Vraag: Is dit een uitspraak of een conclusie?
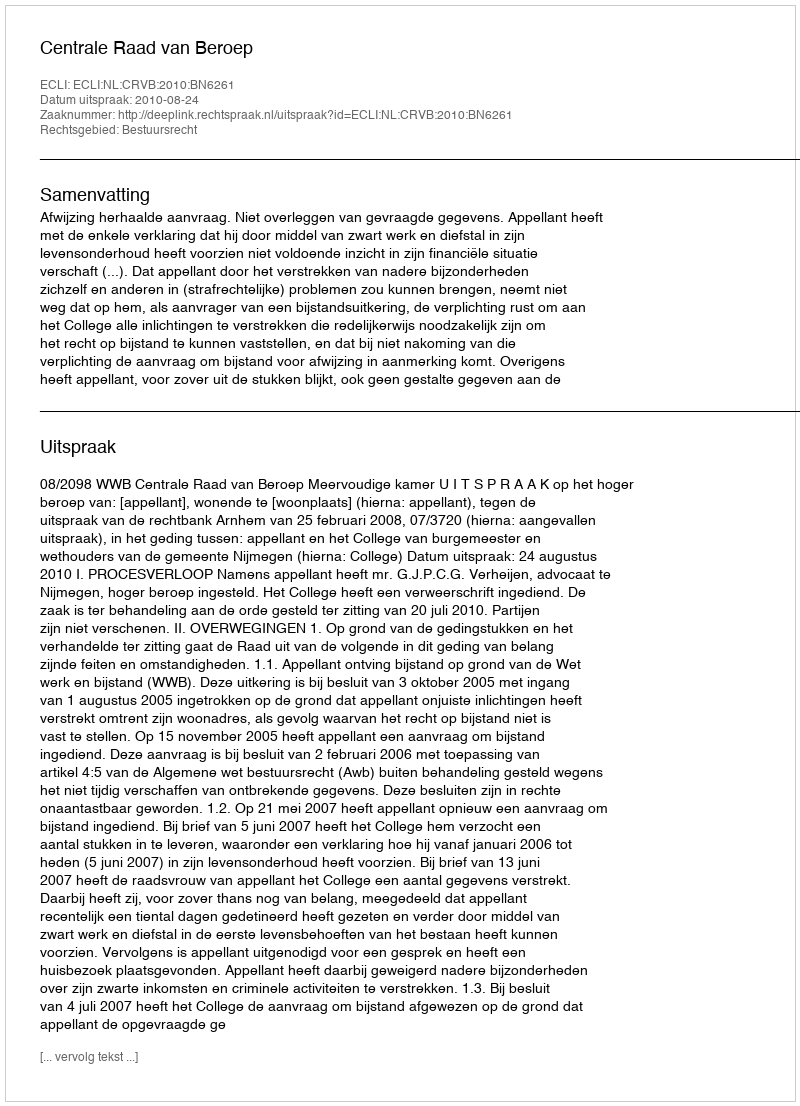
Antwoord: Uitspraak